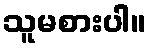
သူမစားပါ။